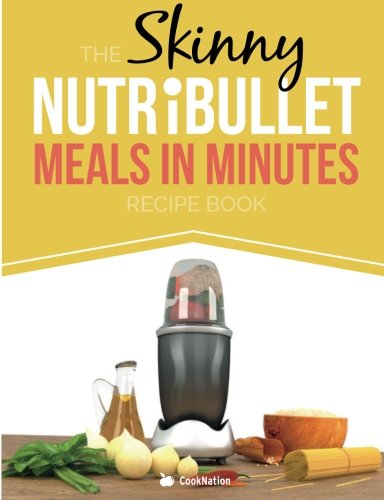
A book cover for The Skinny NUTRiBULLET Meals In Minutes Recipe Book: Quick & Easy, Single Serving Suppers, Snacks, Sauces, Salad Dressings & More Using Your Nutribullet.  All Under 300, 400 & 500 Calories; CookNation; Cookbooks, Food & Wine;